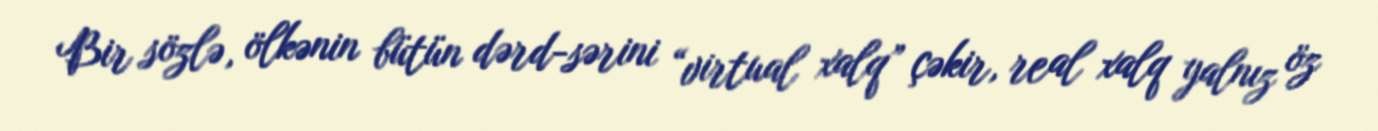
Bir sözlə, ölkənin bütün dərd-sərini “virtual xalq” çəkir, real xalq yalnız öz